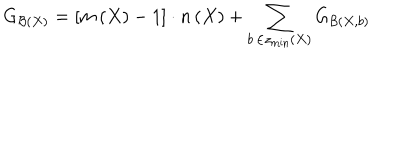
G _ { { \cal B } \left( X \right) } = \left[ m \left( X \right) - 1 \right] \cdot n \left( X \right) + \sum _ { b \, \in z _ { \min } \left( X \right) } G _ { { \cal B } \left( X , b \right) }